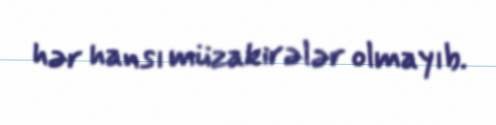
hər hansı müzakirələr olmayıb.